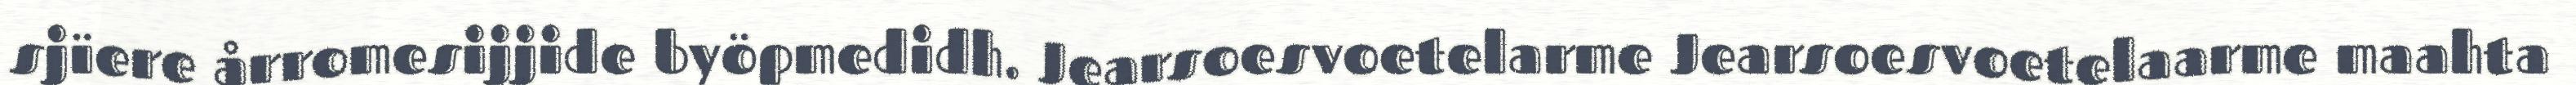
sjïere årromesijjide byöpmedidh. Jearsoesvoetelarme Jearsoesvoetelaarme maahta